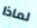
لماذا